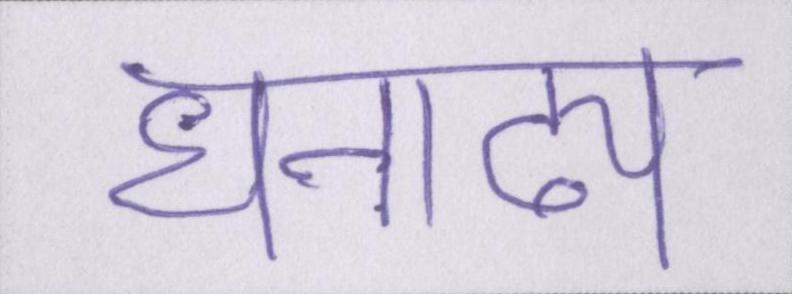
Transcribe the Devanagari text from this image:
धनाढ्य